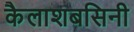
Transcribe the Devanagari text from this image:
कैलाशबसिनी